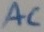
Text: AC